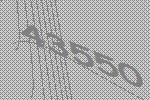
43550